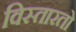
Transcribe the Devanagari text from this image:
विस्तारतो